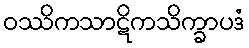
ဝဿိကသာဋိကသိက္ခာပဒံ